Indian journal of veterinary science and animal husbandry - Volumes 15-17, 1948-1951
Year: 1948
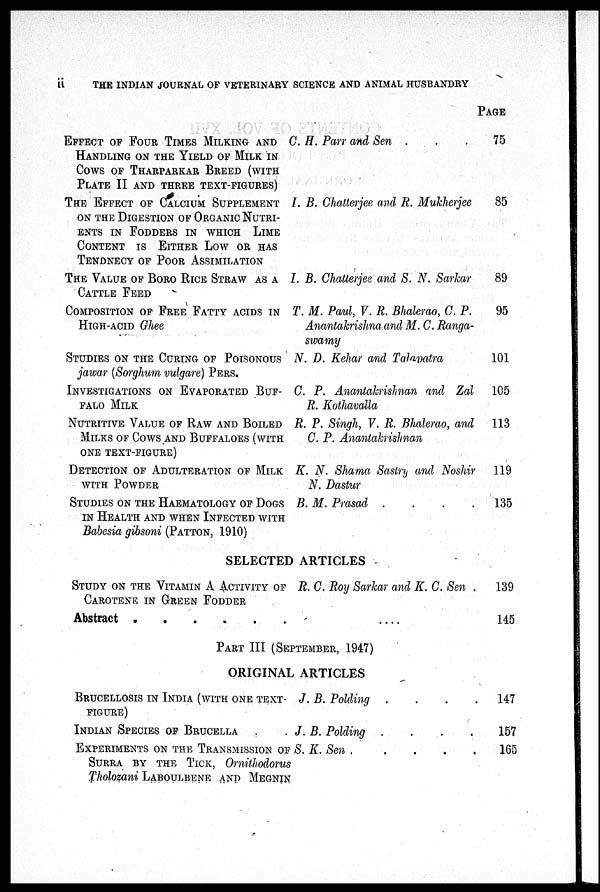
ii
THE INDIAN JOURNAL OF VETERINARY SCIENCE AND ANIMAL HUSBANDRY
EFFECT OF FOUR TIMES MILKING AND
HANDLING ON THE YIELD OF MILK IN
COWS OF THARPARKAR BREED (WITH
PLATE II AND THREE TEXT-FIGURES)
THE EFFECT OF CALCIUM SUPPLEMENT
ON THE DIGESTION OF ORGANIC NUTRI-
ENTS IN FODDERS IN WHICH LIME
CONTENT IS EITHER LOW OR HAS
TENDNECY OF POOR ASSIMILATION
THE VALUE OF BORO RICE STRAW AS A
CATTLE FEED
COMPOSITION OF FREE FATTY ACIDS IN
HIGH-ACID Ghee
STUDIES ON THE CURING OF POISONOUS
jawar (Sorghum vulgare) PERS.
INVESTIGATIONS ON EVAPORATED BUF-
FALO MILK
NUTRITIVE VALUE OF RAW AND BOILED
MILKS OF COWS AND BUFFALOES (WITH
ONE TEXT-FIGURE)
DETECTION OF ADULTERATION OF MILK
WITH POWDER
STUDIES ON THE HAEMATOLOGY OF DOGS
IN HEALTH AND WHEN INFECTED WITH
Babesia gibsoni (PATTON, 1910)
C. H. Parr and Sen . . .
I.
B. Chatterjee and R. Mukherjee
I. B. Chatterjee and S. N. Sarkar
T. M. Paul, V. R. Bhalerao, C. P.
Anantakrishna and M. C. Ranga-
swamy
N. D. Kehar and Talapatra
C. P. Anantakrishnan and Zal
R. Kothavalla
R. P. Singh, V. R. Bhalerao, and
C. P. Anantakrishnan
K. N. Shama Sastry and Noshir
N. Dastur
B. M. Prasad
.
.
.
.
PAGE
75
85
89
95
101
105
113
119
135
SELECTED ARTICLES
STUDY ON THE VITAMIN A ACTIVITY OF
CAROTENE IN GREEN FODDER
Abstract
.
.
.
.
.
.
R. C. Roy Sarkar and K. C. Sen .
. . . .
139
145
PART III (SEPTEMBER, 1947)
ORIGINAL ARTICLES
BRUCELLOSIS IN INDIA (WITH ONE TEXT
FIGURE)
INDIAN SPECIES OF BRUCELLA . .
EXPERIMENTS ON THE TRANSMISSION OF
SURRA BY THE TICK, Ornithodorus
Tholozani LABOULBENE AND MEGNIN
J. B. Polding . . . .
J. B. Polding
.
.
.
.
S. K. Sen
.
.
.
.
.
147
157
165